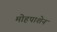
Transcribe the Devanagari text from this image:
मोहपाशेन